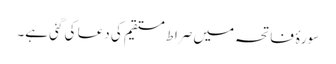
سورۂ فاتحہ میں صراطِ مستقیم کی دعا کی گئی ہے۔